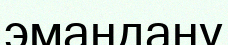
эмандану